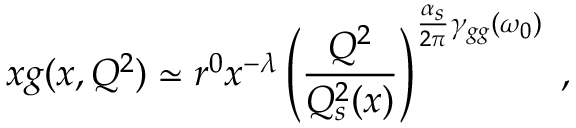
x g ( x , Q ^ { 2 } ) \simeq r ^ { 0 } x ^ { - \lambda } \left( { \frac { Q ^ { 2 } } { Q _ { s } ^ { 2 } ( x ) } } \right) ^ { { \frac { \alpha _ { s } } { 2 \pi } } \gamma _ { g g } ( \omega _ { 0 } ) } \; ,